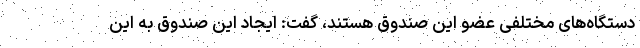
دستگاه‌های مختلفی عضو این صندوق هستند، گفت: ایجاد این صندوق به این